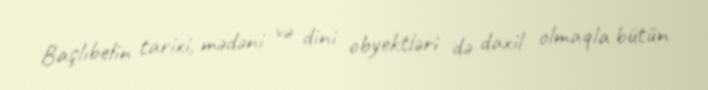
Başlıbelin tarixi, mədəni və dini obyektləri də daxil olmaqla bütün